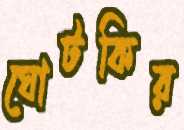
ঘোটকির